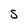
Character: S